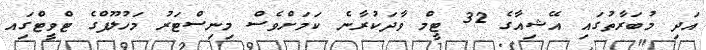
އަދި މުބަރާތުގައި އޭޝިއާގެ 32 ޓީމް ވާދަކުރާނެ ކަމަށްވެސް މިނިސްޓަރު މަހުލޫފްގެ ޓްވީޓްގަިއ